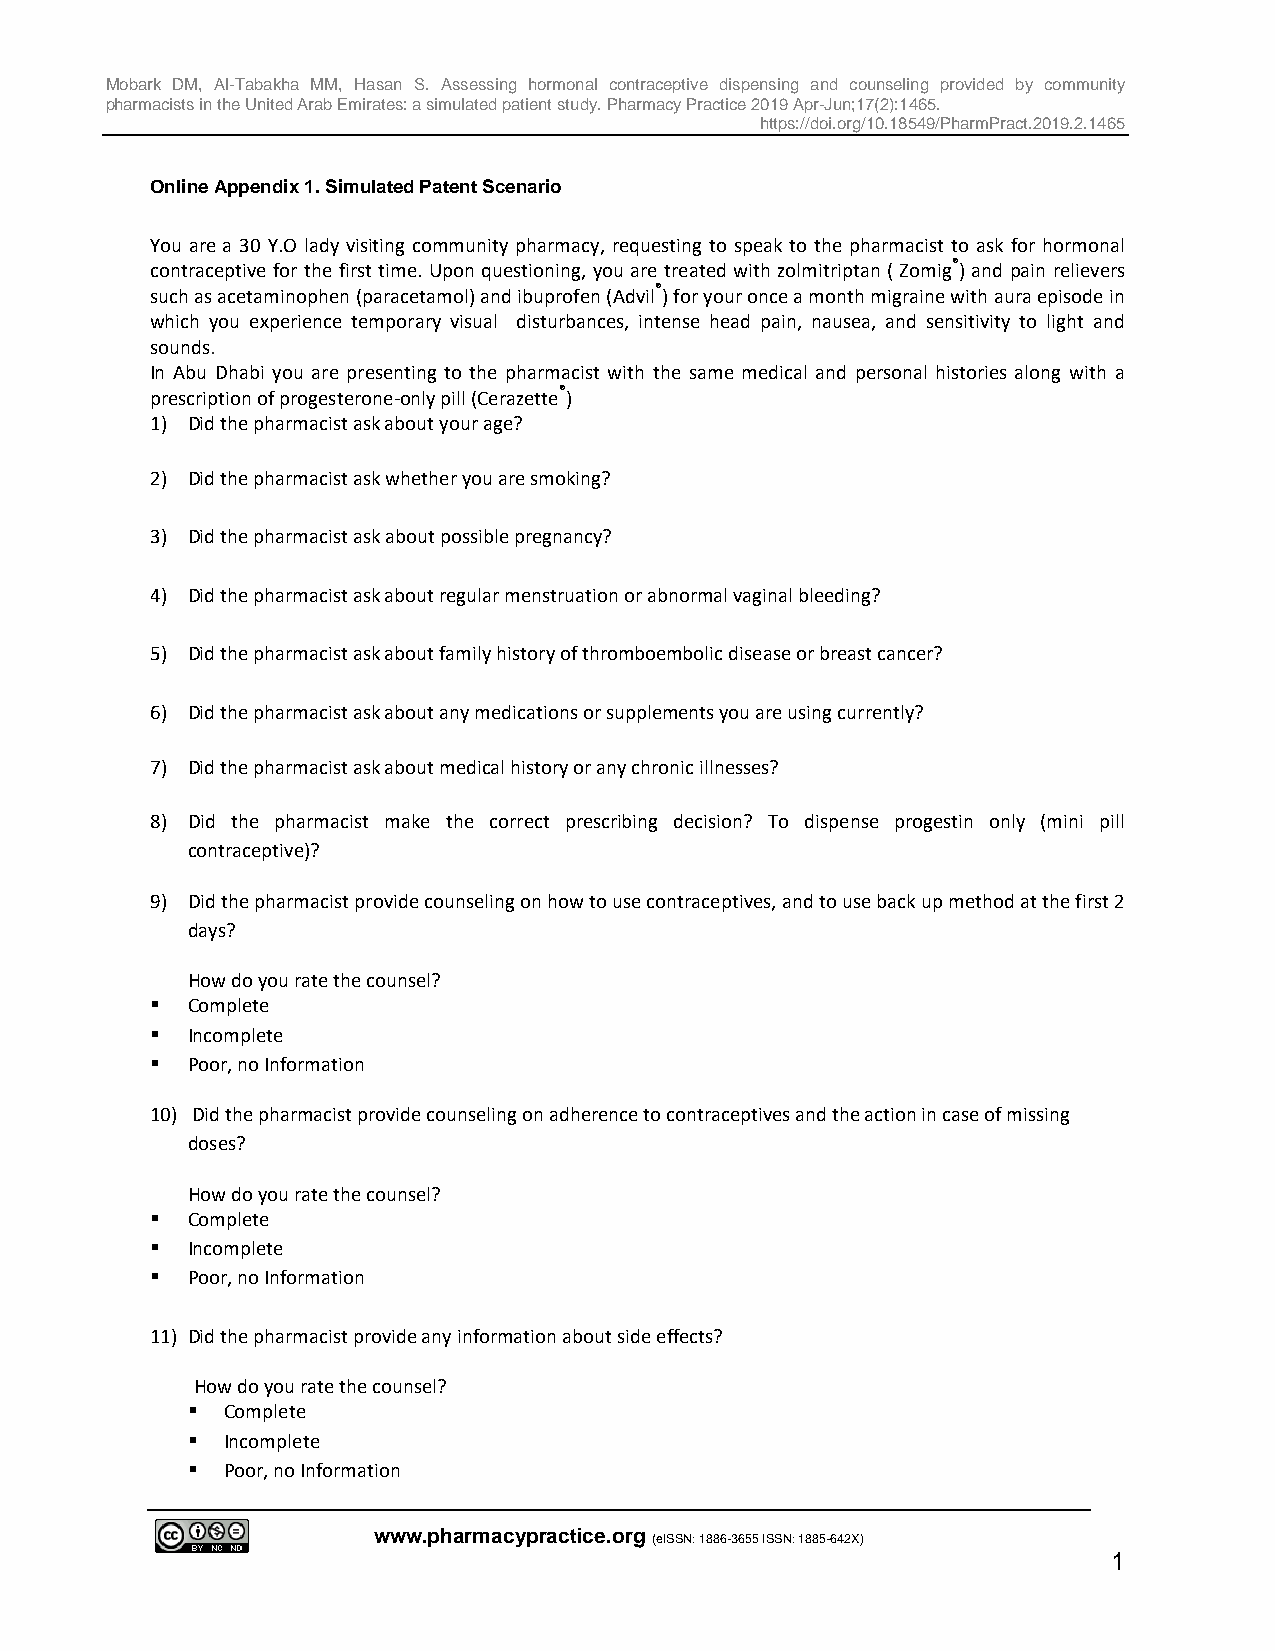
Mobark DM, Al-Tabakha MM, Hasan S. Assessing hormonal contraceptive dispensing and counseling provided by community
 pharmacists in the United Arab Emirates: a simulated patient study. Pharmacy Practice 2019 Apr-Jun;17(2):1465.
 https://doi.org/10.18549/PharmPract.2019.2.1465
 Online Appendix 1. Simulated Patent Scenario
 You are a 30 Y.O lady visiting community pharmacy, requesting to speak to the pharmacist to ask for hormonal
 contraceptive for the first time. Upon questioning, you are treated with zolmitriptan ( Zomig®) and pain relievers
 such as acetaminophen (paracetamol) and ibuprofen (Advil®) for your once a month migraine with aura episode in
 which you experience temporary visual disturbances, intense head pain, nausea, and sensitivity to light and
 sounds.
 In Abu Dhabi you are presenting to the pharmacist with the same medical and personal histories along with a
 prescription of progesterone-only pill (Cerazette®)
 1) Did the pharmacist ask about your age?
 2) Did the pharmacist ask whether you are smoking?
 3) Did the pharmacist ask about possible pregnancy?
 4) Did the pharmacist ask about regular menstruation or abnormal vaginal bleeding?
 5) Did the pharmacist ask about family history of thromboembolic disease or breast cancer?
 6) Did the pharmacist ask about any medications or supplements you are using currently?
 7) Did the pharmacist ask about medical history or any chronic illnesses?
 8) Did the pharmacist make the correct prescribing decision? To dispense progestin only (mini pill
 contraceptive)?
 9) Did the pharmacist provide counseling on how to use contraceptives, and to use back up method at the first 2
 days?
 How do you rate the counsel?
  Complete
  Incomplete
  Poor, no Information
 10) Did the pharmacist provide counseling on adherence to contraceptives and the action in case of missing
 doses?
 How do you rate the counsel?
  Complete
  Incomplete
  Poor, no Information
 11) Did the pharmacist provide any information about side effects?
 How do you rate the counsel?
   Complete
   Incomplete
   Poor, no Information
 www.pharmacypractice.org
 (eISSN: 1886-3655 ISSN: 1885-642X)
 1